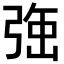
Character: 𭚹